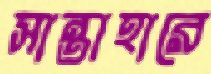
সান্তাহারে